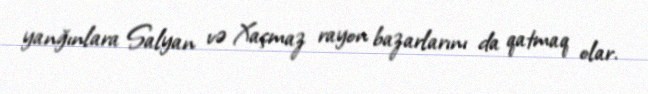
yanğınlara Salyan və Xaçmaz rayon bazarlarını da qatmaq olar.